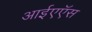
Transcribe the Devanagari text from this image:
आईएऍस